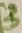
Text: 3